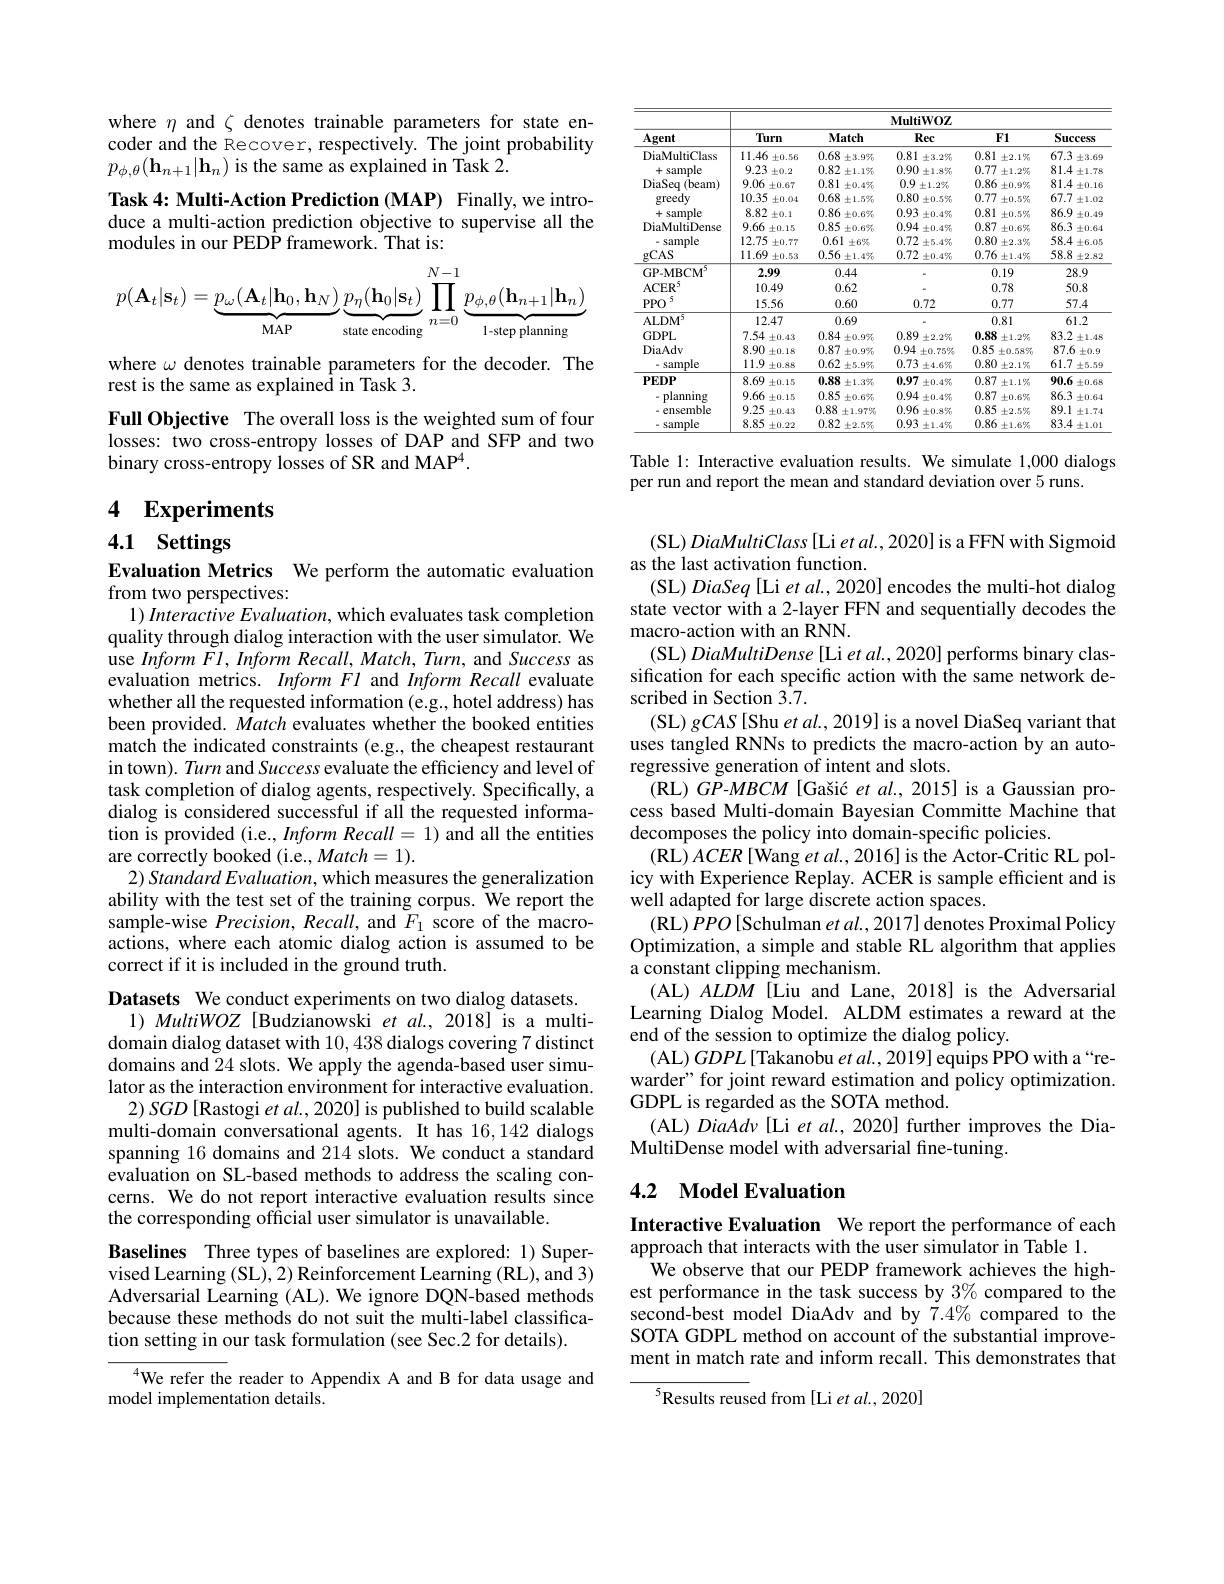
where $\eta$ and $\zeta$ denotes trainable parameters for state encoder and the Recover, respectively. The joint probability $p_{\phi,\theta}(\mathbf{h}_{n+1}|\mathbf{h}_{n})$ is the same as explained in Task 2.
Task 4: Multi-Action Prediction (MAP) Finally,we introduce a multi-action prediction objective to supervise all the modules in our PEDP framework. That is:
$$p(\mathbf{A}_t|\mathbf{s}_t)=\underbrace{p_\omega(\mathbf{A}_t|\mathbf{h}_0,\mathbf{h}_N)}_{\text{MAP}}\underbrace{p_\eta(\mathbf{h}_0|\mathbf{s}_t)}_{\text{state encoding}}\prod_{n=0}^{N-1}\underbrace{p_{\phi,\theta}(\mathbf{h}_{n+1}|\mathbf{h}_n)}_{\text{1-step planning}}$$
where $\omega$ denotes trainable parameters for the decoder. The
rest is the same as explained in Task 3.

Full Objective The overall loss is the weighted sum of four losses: two cross-entropy losses of DAP and SFP and two binary cross-entropy losses of SR and MAP$^4.$

# 4 Experiments

4.1 Settings

Evaluation Metrics We perform the automatic evaluation
from two perspectives:
$1) \textit{Interactive Evaluation, which evaluates task completion}$

quality through dialog interaction with the user simulator. We $\hat{\text{use Inform Fl, Inform Recall, Match, Turn, and Success as}}$ evaluation metrics. Inform Fl and Inform Recall evaluate whether all the requested information (e.g., hotel address) has been provided. $\dot{M}atch$ evaluates whether the booked entities match the indicated constraints (e.g., the cheapest restaurant in town). Turn and Success evaluate the efficiency and level of task completion of dialog agents, respectively. Specifically, a dialog is considered successful if all the requested information is provided (i.e., Inform Recall= 1) and all the entities are correctly booked (i.e., Match=1).
$2) \textit{Standard Evaluation, which measures the generalization}$ ability with the test set of the training corpus. We report the sample-wise $Precision,Recall$, and $F_1$ score of the macroactions, where each atomic dialog action is assumed to be correct if it is included in the ground truth.

Datasets We conduct experiments on two dialog datasets.
$1) \textit{MultiWOZ[ Budzianowski et al. , 2018] is a multi- }$ domain dialog dataset with 10,438 dialogs covering 7 distinct domains and 24 slots. We apply the agenda-based user simulator as the interaction environment for interactive evaluation.
$2)SGD\left[\mathrm{Rastogi~et~al.,2020]~is~published~to~build~scalable}\right]$ multi-domain conversational agents. It has 16,142 dialogs spanning 16 domains and 214 slots. We conduct a standard evaluation on SL-based methods to address the scaling concerns. We do not report interactive evaluation results since the corresponding official user simulator is unavailable.

Baselines Three types of baselines are explored: 1) Supervised Learning (SL), 2) Reinforcement Learning (RL), and 3) Adversarial Learning (AL). We ignore DQN-based methods because these methods do not suit the multi-label classification setting in our task formulation (see Sec.2 for details).

$^{4}$We refer the reader to Appendix A and B for data usage and
model implementation details.

<table>
	<tbody>
		<tr>
			<th rowspan="2">Agent</th>
			<th colspan="5">$\mathbf{MultiWOZ}$</th>
		</tr>
		<tr>
			<th>Turn</th>
			<th>$\mathbf{Match}$</th>
			<th>Rec</th>
			<th>$F1$</th>
			<th>Success</th>
		</tr>
		<tr>
			<td rowspan="2">DiaMultiClass sample +5</td>
			<td>11.46 $\pm0.56$</td>
			<td>0.68 $\pm3.9\%$</td>
			<td>0.81 $\pm3.2\%$</td>
			<td>0.81 $\pm2.1\%$</td>
			<td>67.3 $\pm3.69$</td>
		</tr>
		<tr>
			<td>9.23 $\pm0.2$</td>
			<td>0.82 士1.1$\%$</td>
			<td>0.90 士1.8$\%$</td>
			<td>0.77 $\pm1.2\%$</td>
			<td>81.4 $\pm1.7\xi$</td>
		</tr>
		<tr>
			<td rowspan="3">DiaSeq (beam) greedy</td>
			<td>9.06 $\pm0.67$</td>
			<td>0.81 土$0.4\%$</td>
			<td>0.9 $\pm1.2\%$</td>
			<td>0.86 $\pm0.9\%$</td>
			<td>81.4 $\pm0.16$</td>
		</tr>
		<tr>
			<td>10.35 $\pm0.04$</td>
			<td>0.68 $\pm1.5\%$</td>
			<td>0.80 $\pm0.5\%$</td>
			<td>0.77 $\pm0.5\%$</td>
			<td>67.7 $\pm1.02$</td>
		</tr>
		<tr>
			<td>8.82 $\pm0.1$</td>
			<td>0.86 土$0.6\%$</td>
			<td>0.93 $\pm0.4\%$</td>
			<td>0.81 $\pm0.5\%$</td>
			<td>86.9 $\pm0.49$</td>
		</tr>
		<tr>
			<td>DiaMultiDense</td>
			<td>9.66 $\pm0.15$</td>
			<td>0.85 $\pm0.6\%$</td>
			<td>0.94 $\pm0.4\%$</td>
			<td>0.87 $\pm0.6\%$</td>
			<td>86.3 $\pm0.64$</td>
		</tr>
		<tr>
			<td>sample</td>
			<td>12.75 $\pm0.77$</td>
			<td>0.61 $\pm6\%$</td>
			<td>0.72 士$5.4\%$</td>
			<td>0.80 $\pm2.3\%$</td>
			<td>58.4 $\pm6.0.5$</td>
		</tr>
		<tr>
			<td>gCAS</td>
			<td>11.69 $\pm0.53$</td>
			<td>0.56 $\pm1.4\%$</td>
			<td>0.72 $\pm0.4\%$ 1</td>
			<td>0.76 $\pm1.4\%$</td>
			<td>58.8 $\pm2.82$</td>
		</tr>
		<tr>
			<td>$\mathrm{GP-MBCM}^{\circ}$</td>
			<td>2.99</td>
			<td>0.44</td>
			<td> </td>
			<td>0.19</td>
			<td>28.9</td>
		</tr>
		<tr>
			<td>ACER</td>
			<td>10.49</td>
			<td>0.62</td>
			<td> </td>
			<td>0.78</td>
			<td>50.8</td>
		</tr>
		<tr>
			<td>$PPO$</td>
			<td>15.56</td>
			<td>0.60</td>
			<td>0.72</td>
			<td>0.77</td>
			<td>57.4</td>
		</tr>
		<tr>
			<td>$\mathrm{ALDM}^{5}$</td>
			<td>12.47</td>
			<td>0.69</td>
			<td> </td>
			<td>0.81</td>
			<td>61.2</td>
		</tr>
		<tr>
			<td>$GDPL$</td>
			<td>7.54 $\pm0.43$</td>
			<td>0.84 $\pm0.9\%$</td>
			<td>0.89 $\pm2.2\%$</td>
			<td>0.88 $\pm1.2\%$</td>
			<td>83.2 $\pm1.48$</td>
		</tr>
		<tr>
			<td>DiaAdv</td>
			<td>8.90 $\pm0.18$</td>
			<td>0.87 $\pm0.9\%$</td>
			<td>0.94 士$0.75\%$</td>
			<td>0.85 士$0.58\%$</td>
			<td>87.6 $\pm0.9$</td>
		</tr>
		<tr>
			<td>sample</td>
			<td>11.9 $\pm0.88$</td>
			<td>0.62 $\pm5.9\%$</td>
			<td>0.73 $\pm4.6\%$</td>
			<td>0.80 $\pm2.1\%$</td>
			<td>61.7 $\pm5.59$</td>
		</tr>
		<tr>
			<td>$PEDP$</td>
			<td>8.69 $\pm0.15$</td>
			<td>0.88 $\pm1.3\%$</td>
			<td>0.97 士$0.4\%$</td>
			<td>0.87 $\pm1.1\%$</td>
			<td>90.6 $\pm0.68$</td>
		</tr>
		<tr>
			<td>planning</td>
			<td>9.66 $\pm0.15$</td>
			<td>0.85 $\pm0.6\%$</td>
			<td>0.94 $\pm0.4\%$</td>
			<td>0.87 $\pm0.6\%$</td>
			<td>86.3 $\pm0.64$</td>
		</tr>
		<tr>
			<td>-ensemble</td>
			<td>9.25 $\pm0.43$</td>
			<td>0.88 $\pm1.97\%$</td>
			<td>0.96 $\pm0.8\%$</td>
			<td>0.85 $\pm2.5\%$</td>
			<td>89.1 $\pm1.74$</td>
		</tr>
		<tr>
			<td>sample</td>
			<td>8.85 $\pm0.22$</td>
			<td>$0.82\pm2.5\%$</td>
			<td>0.93 $\pm1.4\%$</td>
			<td>0.86 $\pm1.6\%$ ,</td>
			<td>83.4 $\pm1.01$</td>
		</tr>
	</tbody>
</table>

Table 1: Interactive evaluation results. We simulate 1,000 dialogs

per run and report the mean and standard deviation over 5 runs.

(SL) DiaMultiClass[ Li et al., 2020] is a FFN with Sigmoid
as the last activation function.
(SL) DiaSeq [Li et al., 2020] encodes the multi-hot dialog state vector with a 2-layer FFN and sequentially decodes the macro-action with an RNN.
(SL) DiaMultiDense[Li et al., 2020] performs binary classification for each specific action with the same network described in Section $\hat{3.7}.$
(SL) gCAS[Shu et al., 2019] is a novel DiaSeq variant that uses tangled RNNs to predicts the macro-action by an autoregressive generation of intent and slots.
(RL) GP-MBCM[Gašić et al., 2015] is a Gaussian process based Multi-domain Bayesian Committe Machine that decomposes the policy into domain-specific policies.
(RL) $ACER[$Wang $et\textit{al. , 2016}]$ is the Actor-Critic RL policy with Experience Replay. ACER is sample efficient and is well adapted for large discrete action spaces.
(RL) PPO [Schulman et al., 2017] denotes Proximal Policy Optimization, a simple and stable RL algorithm that applies a constant clipping mechanism.
(AL) $ALDM$ [Liu and Lane, 2018] is the Adversarial Learning Dialog Model. ALDM estimates a reward at the end of the session to optimize the dialog policy.
(AL) $GDPL\left[\text{Takanobu }et\:al.,2019\right]$ equips PPO with a“rewarder" for joint reward estimation and policy optimization. GDPL is regarded as the SOTA method.
(AL) DiaAdv[Li et al., 2020] further improves the Dia-
MultiDense model with adversarial fine-tuning.

### 4.2 Model Evaluation

Interactive Evaluation We report the performance of each
approach that interacts with the user simulator in Table 1.
We observe that our PEDP framework achieves the highest performance in the task success by 3% compared to the second-best model DiaAdv and by $\dot{7}.4\%$ compared to the SOTA GDPL method on account of the substantial improvement in match rate and inform recall. This demonstrates that

$^{5}$Results reused from[Li et al., 2020]